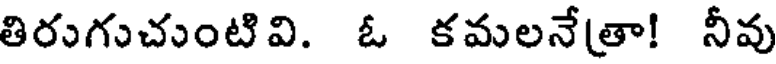
తిరుగుచుంటివి. ఓ కమలనేత్రా! నీవు